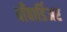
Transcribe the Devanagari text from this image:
बाँबार्डिअर